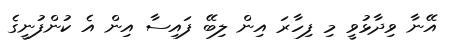
އޭނާ ވިދާޅުވީ މި ފިހާރަ އިން ލިބޭ ފައިސާ އިން އެ ކުންފުނީގެ